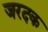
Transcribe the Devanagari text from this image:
जरदक